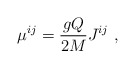
\begin{align*}\mu^{ij} = {gQ\over2M}J^{ij}\ ,\end{align*}